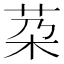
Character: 䒳